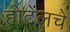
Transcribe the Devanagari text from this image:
होटेलचे